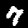
Digit: 7